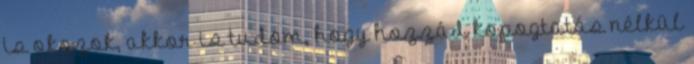
is okozok, akkor is tudom, hogy hozzád kopogtatás nélkül